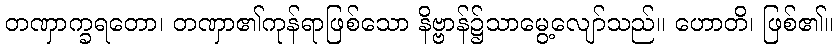
တဏှာက္ခရတော၊ တဏှာ၏ကုန်ရာဖြစ်သော နိဗ္ဗာန်၌သာမွေ့လျော်သည်။ ဟောတိ၊ ဖြစ်၏။